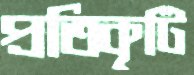
প্রতিকৃটি